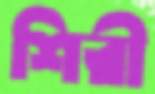
শিরী